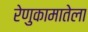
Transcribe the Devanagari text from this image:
रेणुकामातेला